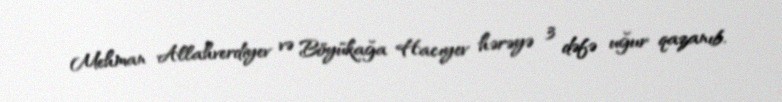
Mehman Allahverdiyev və Böyükağa Hacıyev hərəyə 3 dəfə uğur qazanıb.